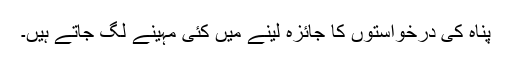
پناہ کی درخواستوں کا جائزہ لینے میں کئی مہینے لگ جاتے ہیں۔